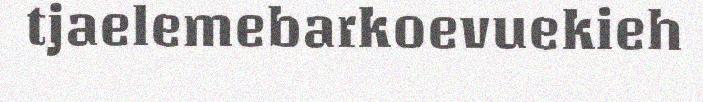
tjaelemebarkoevuekieh